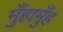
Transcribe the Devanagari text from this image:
मुँहामुँह